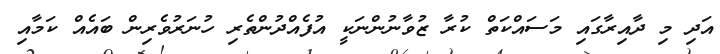
އަދި މި ދާއިރާގައި މަސައްކަތް ކުރާ ޒުވާނުންނަކީ އުފެއްދުންތެރި ހުނަރުވެރިން ބައެއް ކަމާއި